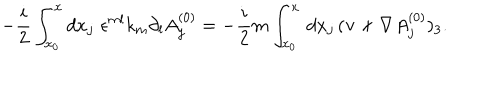
- \frac { i } { 2 } \int _ { x _ { 0 } } ^ { x } d x _ { j } \, \, \epsilon ^ { m l } k _ { m } \partial _ { l } A _ { j } ^ { ( 0 ) } = - \frac { i } { 2 } m \int _ { x _ { 0 } } ^ { x } \, d x _ { j } \, ( { \bf v } \times \nabla A _ { j } ^ { ( 0 ) } ) _ { 3 } .